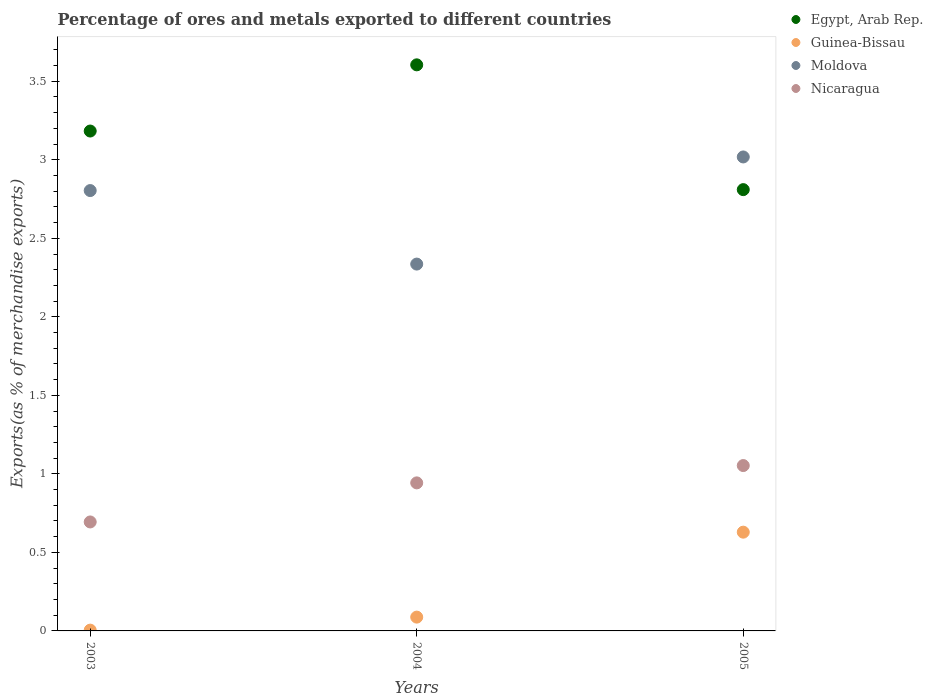
| Years | Egypt, Arab Rep. | Guinea-Bissau | Moldova | Nicaragua |
 | --- | --- | --- | --- | --- |
 | 2003 | 3.18 | 0.00505 | 2.8 | 0.694 |
 | 2004 | 3.6 | 0.0879 | 2.34 | 0.943 |
 | 2005 | 2.81 | 0.629 | 3.02 | 1.05 |